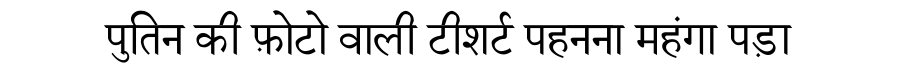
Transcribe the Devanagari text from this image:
पुतिन की फ़ोटो वाली टीशर्ट पहनना महंगा पड़ा